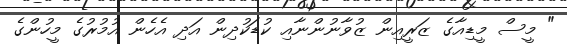
" މީސް މީޑިއާގެ ޒަރީއިން ޒުވާނުންނާއި ކުޑަކުދިން އަދި އެހެން އުމުރުގެ މީހުންގެ